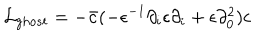
{ \cal L } _ { g h o s t } = - \bar { c } ( - \epsilon ^ { - 1 } \partial _ { i } \epsilon \partial _ { i } + \epsilon \partial _ { 0 } ^ { 2 } ) c \nonumber